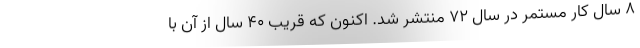
8 سال کار مستمر در سال 72 منتشر شد. اکنون که قریب 40 سال از آن با